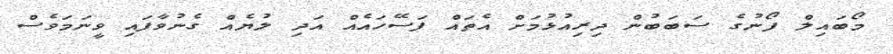
މޯބައިލް ފޯނުގެ ސަބަބުން ދިރިއުޅުމަށް އެތައް ފަސޭހައެއް އަދި ލުޔެއް ގެނުވާފައި ވީނަމަވެސް